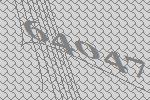
64047